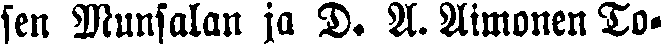
sen Munsalan ja D. A. Aimonen To-